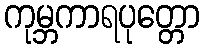
ကုမ္ဘကာရပုတ္တော